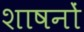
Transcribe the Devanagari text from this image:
शाषनों